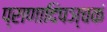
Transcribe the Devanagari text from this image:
प्राणादिपञ्चकं